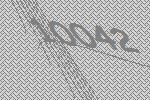
10042